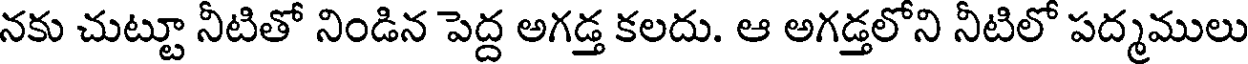
నకు చుట్టూ నీటితో నిండిన పెద్ద అగడ్త కలదు. ఆ అగడ్తలోని నీటిలో పద్మములు